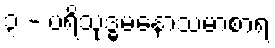
၃ - ပရိသုဒ္ဓမနောသမာစာရ